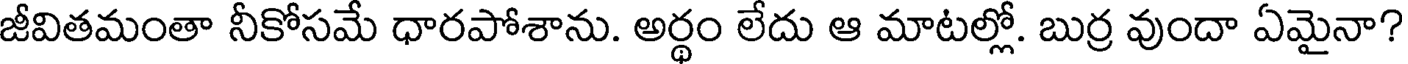
జీవితమంతా నీకోసమే ధారపోశాను. అర్థం లేదు ఆ మాటల్లో. బుర్ర వుందా ఏమైనా?